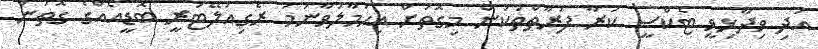
އަދި ވިދާޅިވީ ޓެކްސީ ކުރާ ފަރާތްތަކުން މިގޮތަށް އިހުމާލުވާނަމަ ރެގިއުލޭޓަރީ ބޮޑީއެއްގެ ގޮތުން